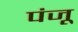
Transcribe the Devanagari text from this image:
पंजू